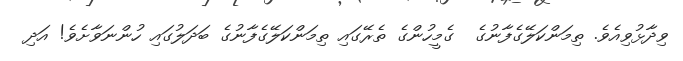
ވިދާޅުވިއެވެ. ތިމަންކަލޭގެފާނުގެ  ގެމީހުންގެ ތެރޭގައި ތިމަންކަލޭގެފާނުގެ ބަދަލުގައި ހުންނަވާށެވެ! އަދި